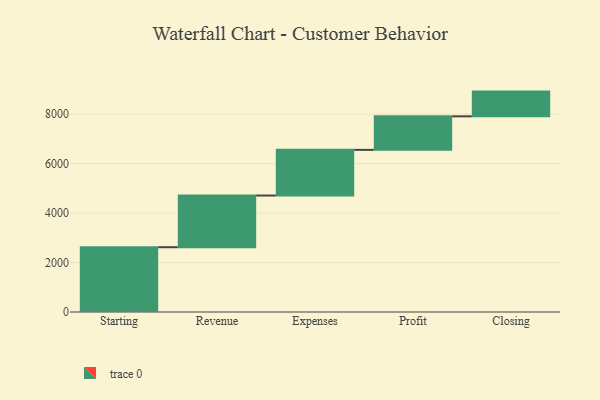
{"axis": {"x": "Step", "y": "Value"}, "legend": [""], "data": [{"x": "Starting", "y": 2620.0, "type": ""}, {"x": "Revenue", "y": 2090.0, "type": ""}, {"x": "Expenses", "y": 1847.0, "type": ""}, {"x": "Profit", "y": 1356.0, "type": ""}, {"x": "Closing", "y": 1000, "type": ""}]}